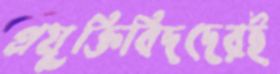
প্রযুক্তিবিদদেরই